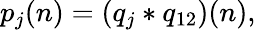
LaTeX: p_{j}(n)=(q_{j}*q_{12})(n),